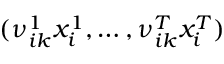
( { \nu } _ { i k } ^ { 1 } { x } _ { i } ^ { 1 } , \dots , { \nu } _ { i k } ^ { T } { x } _ { i } ^ { T } )